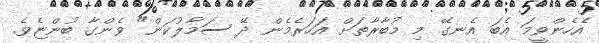
އެހެންވީމަ އެބަ އެނގޭ މި މުބާރާތަށް އަހަރެމެން ދޭ ސަމާލުކަން" ވެންގާ ބުންޏެވެ.